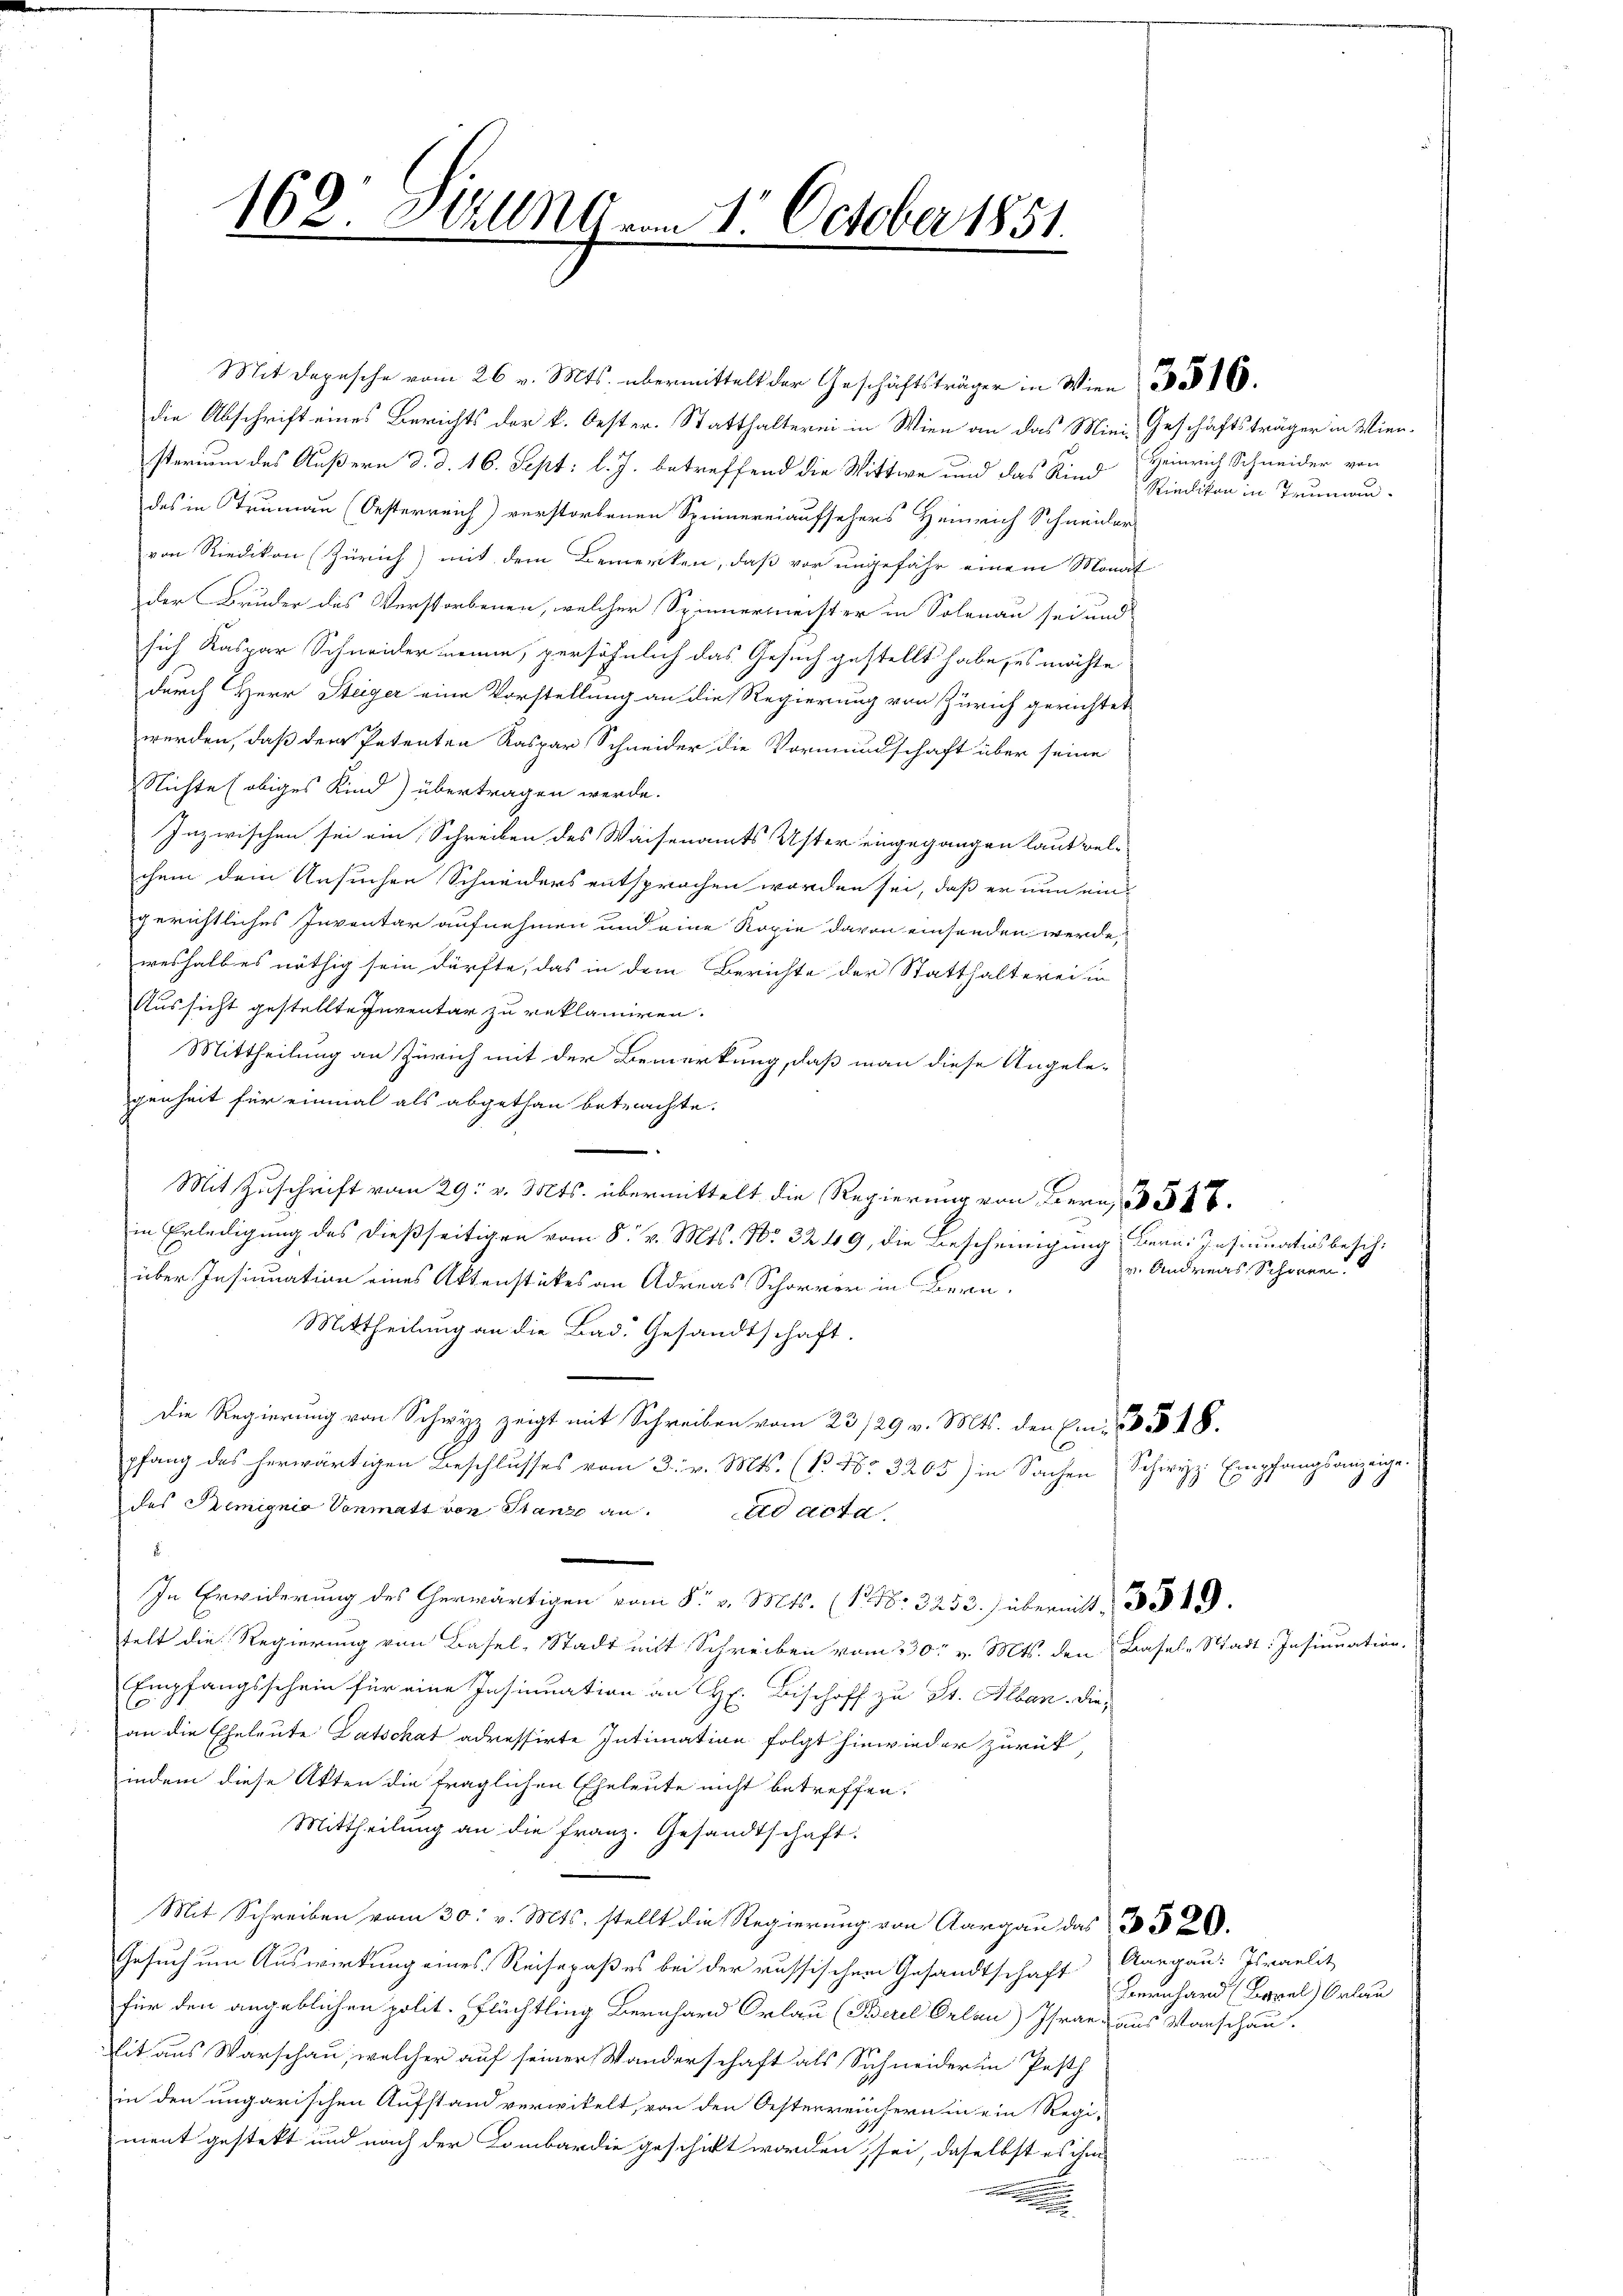
168. Millng vom 1. October 1851.

Mit Depesche vom 26. v. Mts. übermittelt der Geschäftsträger in Wien 16
die Abschrift eines Berichts der k. Oester. Statthalterei in Wien an das Mini-Geschäftsträger in Wiensterium des Äußern d. d. 16. Sept. l. J. betreffend die Wittwe und das Kind Riedikon in Truman-
des in Trumann (Oesterreich) verstorbenen Spinnereiaufsehers Heinrich Schneider
von Riedikon (Zürich) mit dem Bemerken, daß vor ungefähr einem Monat
der Bruder des Verstorbenen, welcher Spinnermeister in Solenau sei und
sich Kaspar Schneider nenne, persöhnlich das Gesuch gestellt habe, es möchte
durch Herr Steiger eine Vorstellung an die Regierung von Zürich gerichtet
werden, daß dem Petenten Kaspar Schneider die Vormundschaft über seine
Nichte (obiges Kind) übertragen werde.
Inzwischen sei ein Schreiben des Waisenamts Uster eingegangen laut welchem dem Ansuchen Schneiders entsprochen worden sei, daß er nun eingerichtliches Inventar aufnehmen und eine Kopie davon einsenden werde,
weshalb es nöthig sein dürfte, das in dem Berichte der Statthalterei in
Aussicht gestellte Inventar zu reklamiren.
Mittheilung an Zürich mit der Bemerkung, daß man diese Angele-
genheit für einmal als abgethan betrachte.
.
Mit Zuschrift vom 29. v. Mts. übermittelt die Regierung von Bern, 546.
in Erledigung des dießseitigen vom 8. v. Mts. No 3249, die Bescheinigung Bern. Insinuationsbesch.
über Insinuation eines Aktenstückes an Adreas Schorrer in Bern,
Mittheilung an die Bad. Gesandtschaft.
Die Regierung von Schwyz zeigt mit Schreiben vom 23/29 v. Mts. den Ein- 48.
pfang des herwärtigen Beschlusses vom 3. v. Mts. (T. No 3205) in Sachen Schwyz Empfangsans eige.
des Semignia Vonmatt von Stanze an. ad acta
e
In Erwiderung des erwärtigen vom 5. v. Mts. (1 Nr. 3252) übernitt, 3. 549.
felt die Regierung von Basel-Stadt mit Schreiben vom 330. v. Mts. den Basel-Stadt: Insinuation.
Empfangsschein für eine Insinuation an H. Bischoff zu St. Alban. Die
an die Eheleute Patschat adressirte Intimation folgt hinwieder zurück,
indem diese Akten die fraglichen Eheleute nicht betreffen.
Mittheilung an die Franz. Gesandtschaft.
Mit Schreiben vom 30. v. Mts. stellt die Regierung von Aargau das 3 § 20.
Gesuch um Auswirkung eines Reisepaßes bei der russischem Gesandtschaft
für den angeblichen polit. Flüchtling Bernhard Orlau (Berel Orlau) Israe aus Vorschau-
it aus Warschau, welcher auf seiner Wanderschaft als Sichneider in Pesth
in den ungarischen Aufstand verwitelt, von den Oesterreichern in ein Regi-
ment gestekt und nach der Lombardie geschickt worden sei, daselbst es ihm

Heinrich Schneider von

v. Andreas Schönen.

3

Aargau: Israelit
Bernhard (Basel, Orlau